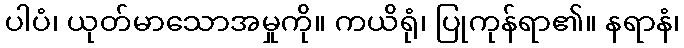
ပါပံ၊ ယုတ်မာသောအမှုကို။ ကယိရုံ၊ ပြုကုန်ရာ၏။ နရာနံ၊